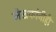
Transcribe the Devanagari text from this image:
लेखकांनीही